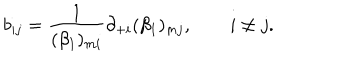
b _ { i j } = \frac { 1 } { ( \beta _ { 1 } ) _ { m i } } \partial _ { + i } ( \beta _ { 1 } ) _ { m j } , \qquad i \ne j .